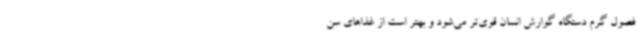
فصول گرم دستگاه گوارش انسان قوی‌تر می‌شود و بهتر است از غذاهای سن